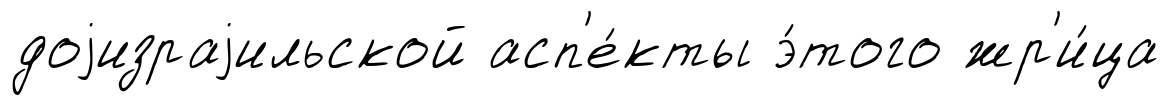
доjизраjильской асп'е́кты э́того жр'и́ца